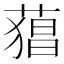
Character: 𮐫